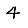
Digit: 4